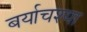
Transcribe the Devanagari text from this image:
बर्याचश्या